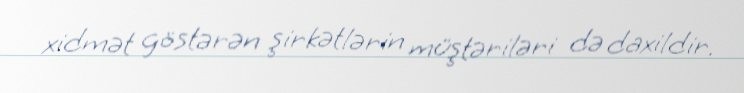
xidmət göstərən şirkətlərin müştəriləri də daxildir.